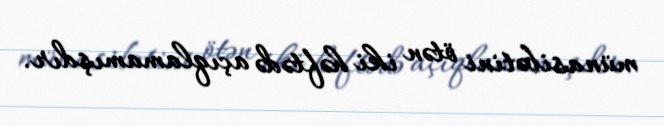
münasibətini ötən iki həftədə açıqlamamışdır.